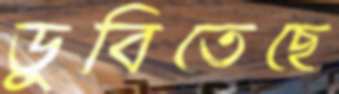
ডুবিতেছে